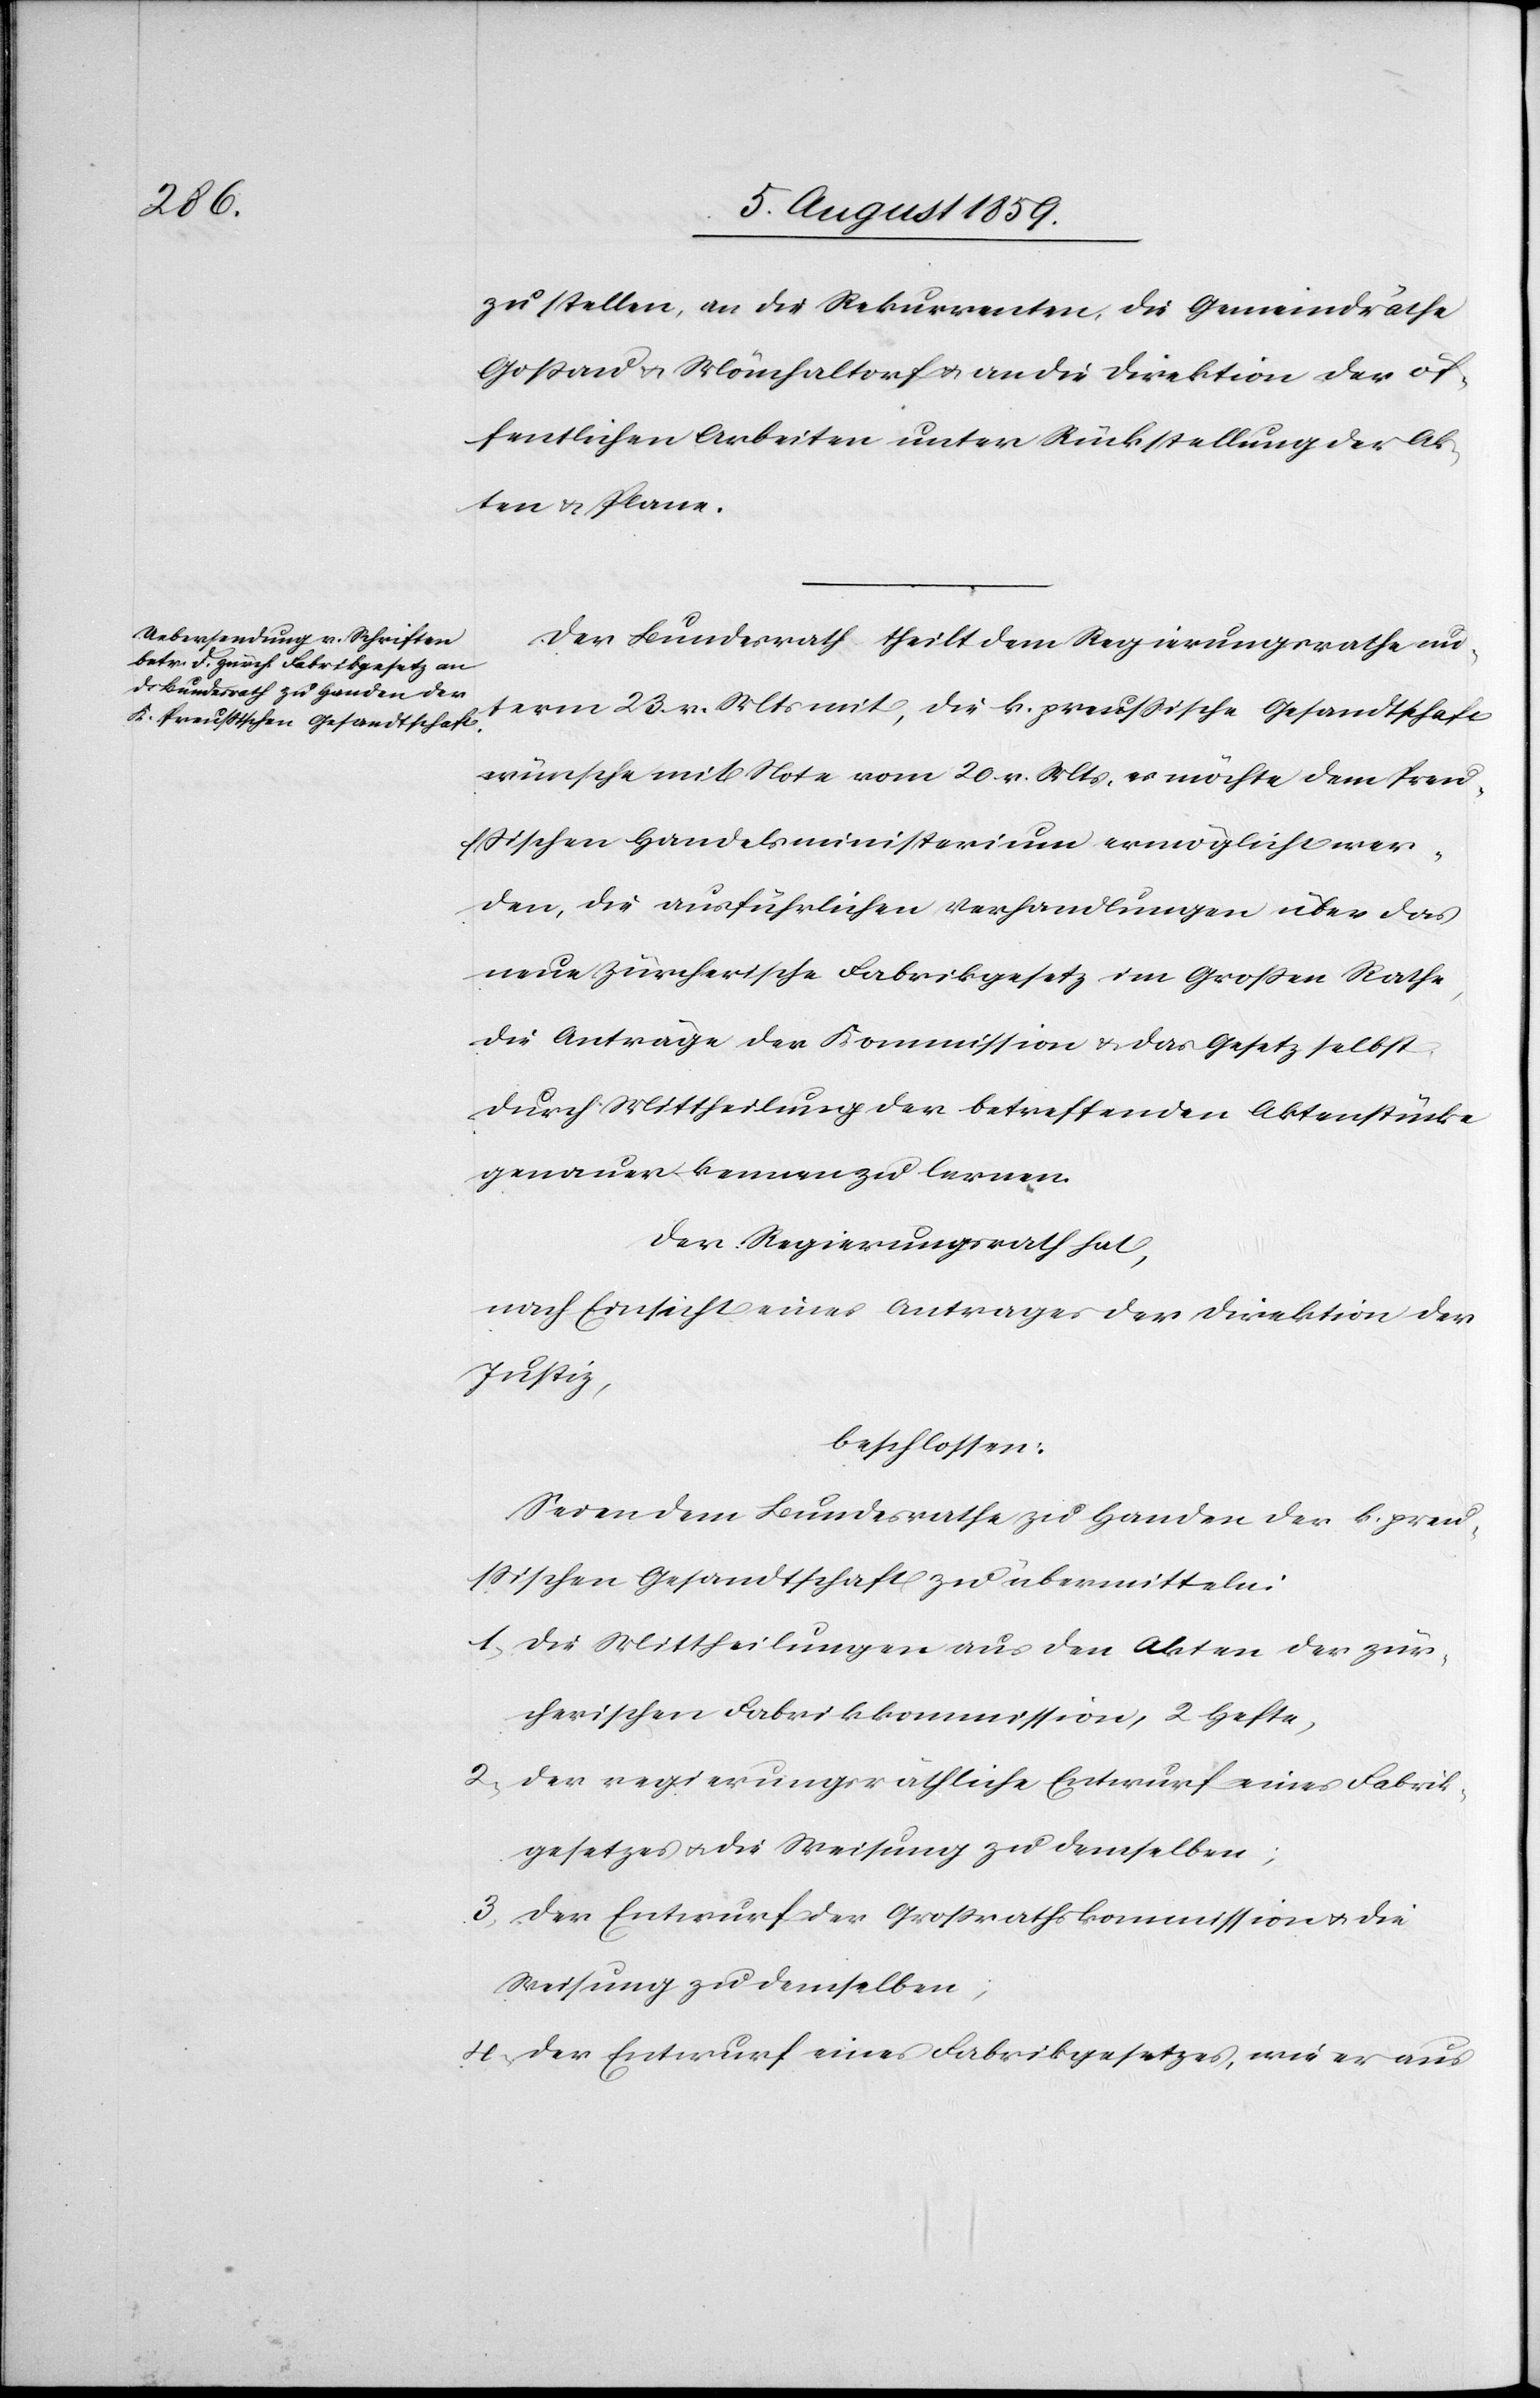
Der Bundesrath theilt dem Regierungsrathe un¬
term 23. v. Mts. mit, die k. preussische Gesandtschaft
wünsche mit Note vom 20. v. Mts., es möchte dem Preu¬
ßischen Handelsministerium ermöglicht wer¬
den, die ausführlichen Verhandlungen über das
neue zürcherische Fabrikgesetz im Großen Rathe
die Anträge der Kommission u. das Gesetz selbst
durch Mittheilung der betreffenden Aktenstücke
genauer kennen zu lernen.
Der Regierungsrath hat,
nach Einsicht eines Antrages der Direktion der
Justiz,
beschlossen:
Seien dem Bundesrathe zu Handen der k. preu¬
ssischen Gesandtschaft zu übermitteln:
1. Die Mittheilungen aus den Akten der zür¬
cherischen Fabrikkommission, 2 Hefte,
2. Der regierungsräthliche Entwurf eines Fabrik¬
gesetzes u. die Weisung zu demselben;
3. Der Entwurf der Großrathskommission u. die
Weisung zu demselben;
4. Der Entwurf eines Fabrikgesetzes, wie er aus